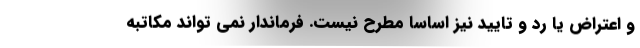
و اعتراض یا رد و تایید نیز اساسا مطرح نیست. فرماندار نمی تواند مکاتبه